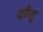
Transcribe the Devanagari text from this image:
वाँग्तु